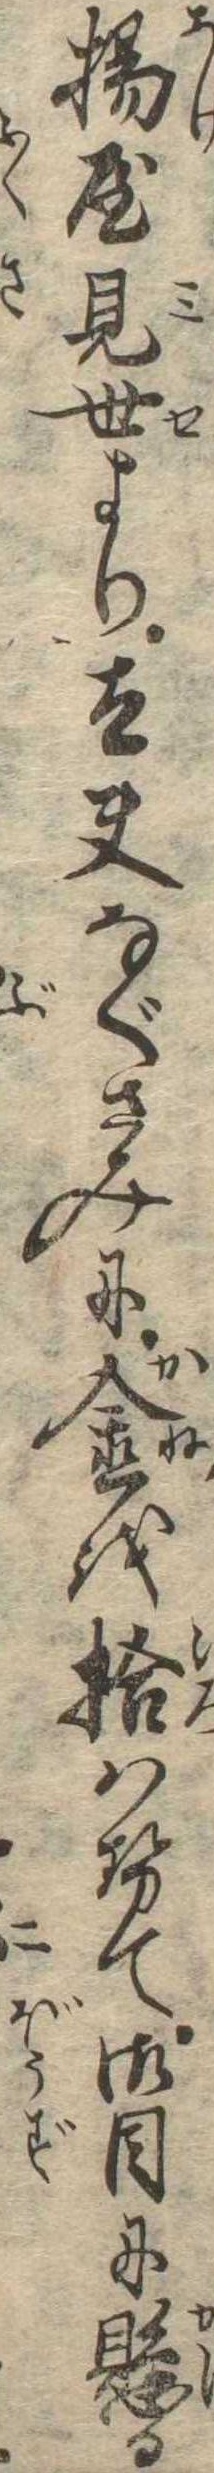
揚屋見世より太夫なぐさみに金を拾はせて御目に懸る